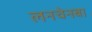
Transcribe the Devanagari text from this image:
लनचेनबा